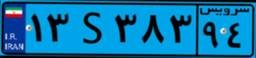
۸۱S۹۷۹۴۹